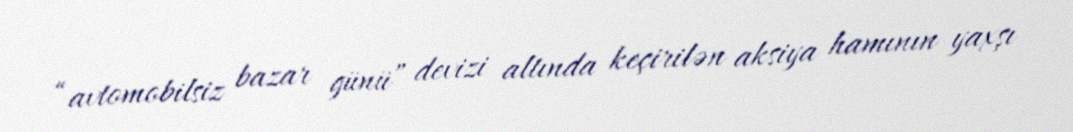
“avtomobilsiz bazar günü” devizi altında keçirilən aksiya hamının yaxşı